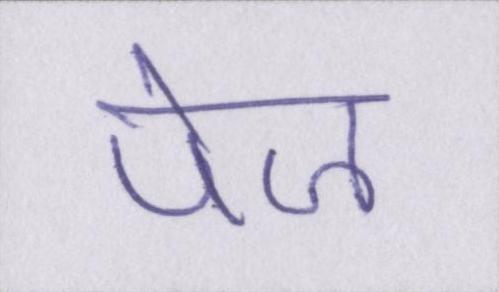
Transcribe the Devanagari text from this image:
पेज